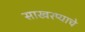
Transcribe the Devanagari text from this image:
साखरप्याचे